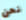
نحن